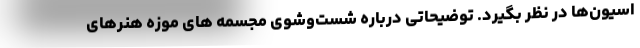
اسیون‌ها در نظر بگیرد. توضیحاتی درباره شست‌وشوی مجسمه های موزه هنرهای